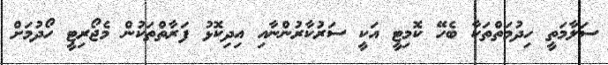
ސަލާމަތީ ހިދުމަތްތަކާ ބެހޭ ކޮމިޓީ އަކީ ސަރުކާރުންނާއި އިދިކޮޅު ފަރާތްތަކުން މެޖޯރިޓީ ހޯދުމަށް